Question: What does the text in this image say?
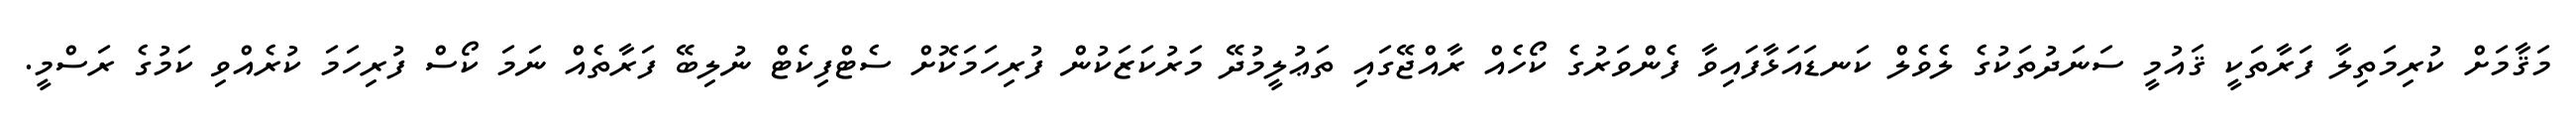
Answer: މަޤާމަށް ކުރިމަތިލާ ފަރާތަކީ ޤައުމީ ސަނަދުތަކުގެ ލެވެލް ކަނޑައަޅާފައިވާ ފެންވަރުގެ ކޯހެއް ރާއްޖޭގައި ތަޢުލީމުދޭ މަރުކަޒަކުން ފުރިހަމަކޮށް ސެޓްފިކެޓް ނުލިބޭ ފަރާތެއް ނަމަ ކޯސް ފުރިހަމަ ކުރެއްވި ކަމުގެ ރަސްމީ.